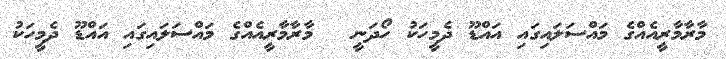
މާރާމާރީއެއްގެ މައްސަލައިގައި އައްޑޫ ދެމީހަކު ހޯދަނީ  	މާރާމާރީއެއްގެ މައްސަލައިގައި އައްޑޫ ދެމީހަކު